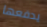
يدفعها